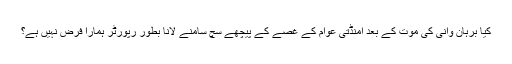
کیا برہان وانی کی موت کے بعد امنڈتی عوام کے غصے کے پیچھے سچ سامنے لانا بطور رپورٹر ہمارا فرض نہیں ہے؟